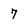
Character: 7